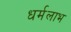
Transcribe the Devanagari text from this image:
धर्मलाभ